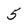
Character: 5